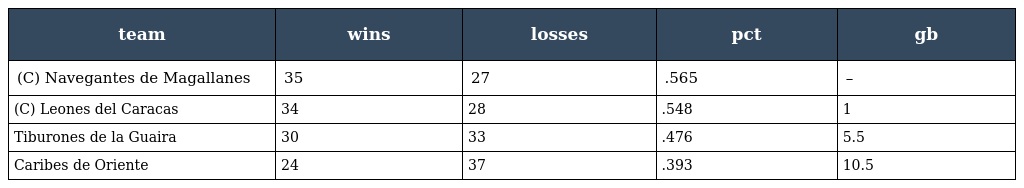
| team | wins | losses | pct | gb |
 | --- | --- | --- | --- | --- |
 | (C) Navegantes de Magallanes | 35 | 27 | .565 | – |
 | (C) Leones del Caracas | 34 | 28 | .548 | 1 |
 | Tiburones de la Guaira | 30 | 33 | .476 | 5.5 |
 | Caribes de Oriente | 24 | 37 | .393 | 10.5 |